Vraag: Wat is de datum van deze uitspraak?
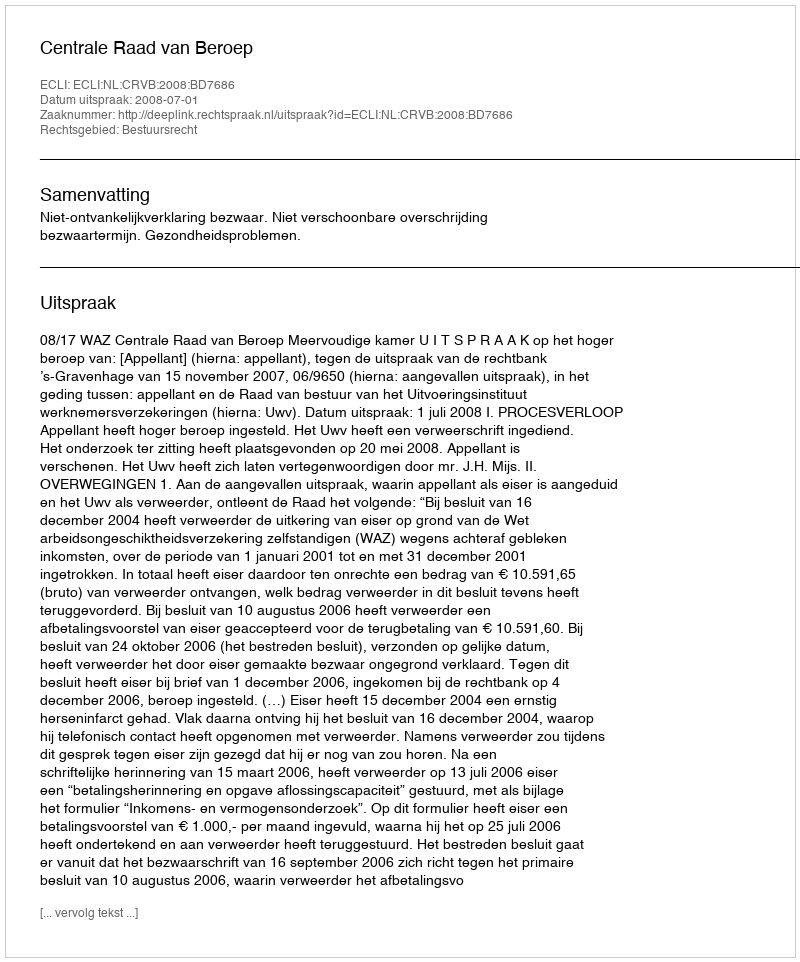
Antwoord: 2008-07-01